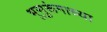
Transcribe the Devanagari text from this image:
भूसुरूंगाच्या